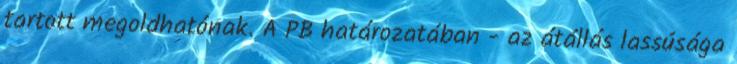
tartott megoldhatónak. A PB határozatában - az átállás lassúsága